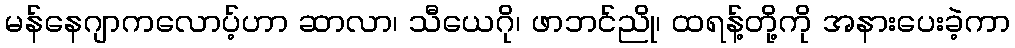
မန်နေဂျာကလောပ့်ဟာ ဆာလာ၊ သီယေဂို၊ ဖာဘင်ညို၊ ထရန့်တို့ကို အနားပေးခဲ့ကာ